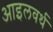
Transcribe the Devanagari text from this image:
आइलवर्थ